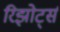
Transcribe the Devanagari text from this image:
रिझोर्ट्स